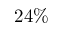
2 4 \%